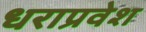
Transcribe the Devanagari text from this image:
धराप्रवेश